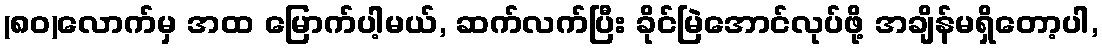
(၈၀)လောက်မှ အထ မြောက်ပါ့မယ်, ဆက်လက်ပြီး ခိုင်မြဲအောင်လုပ်ဖို့ အချိန်မရှိတော့ပါ,